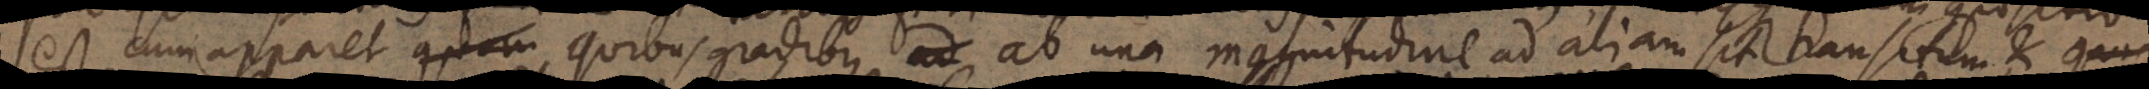
est cum apparet quibus gradibus ab una magnitudine ad aliam sit transitum, et qu